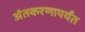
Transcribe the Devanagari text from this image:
अंतकरणापर्यंत